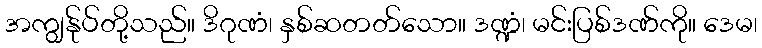
အကျွန်ုပ်တို့သည်။ ဒိဂုဏံ၊ နှစ်ဆတတ်သော။ ဒဏ္ဍံ၊ မင်းပြစ်ဒဏ်ကို။ ဒေမ၊